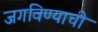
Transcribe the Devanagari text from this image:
जगविण्याची